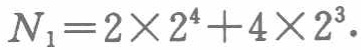
\(N_{1}=2\times2^{4}+4\times2^{3}\)